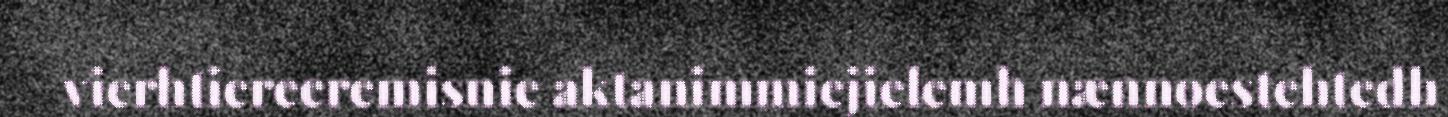
vierhtiereeremisnie aktanimmiejielemh nænnoestehtedh